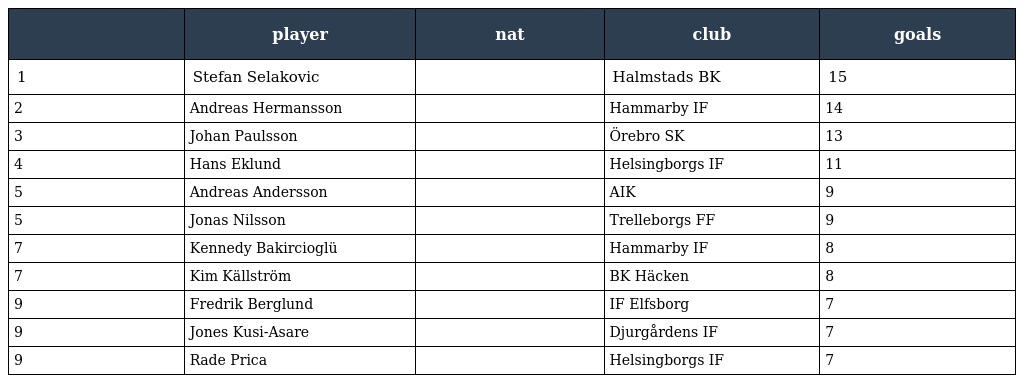
|  | player | nat | club | goals |
 | --- | --- | --- | --- | --- |
 | 1 | Stefan Selakovic |  | Halmstads BK | 15 |
 | 2 | Andreas Hermansson |  | Hammarby IF | 14 |
 | 3 | Johan Paulsson |  | Örebro SK | 13 |
 | 4 | Hans Eklund |  | Helsingborgs IF | 11 |
 | 5 | Andreas Andersson |  | AIK | 9 |
 | 5 | Jonas Nilsson |  | Trelleborgs FF | 9 |
 | 7 | Kennedy Bakircioglü |  | Hammarby IF | 8 |
 | 7 | Kim Källström |  | BK Häcken | 8 |
 | 9 | Fredrik Berglund |  | IF Elfsborg | 7 |
 | 9 | Jones Kusi-Asare |  | Djurgårdens IF | 7 |
 | 9 | Rade Prica |  | Helsingborgs IF | 7 |